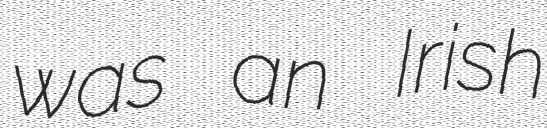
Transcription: was an Irish